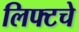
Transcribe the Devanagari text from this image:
लिफ्टचे